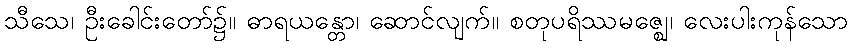
သီသေ၊ ဦးခေါင်းတော်၌။ ဓာရယန္တော၊ ဆောင်လျက်။ စတုပရိဿမဇ္ဈေ၊ လေးပါးကုန်သော